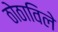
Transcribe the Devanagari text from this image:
ठोठाविले